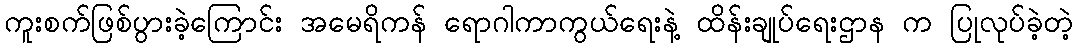
ကူးစက်ဖြစ်ပွားခဲ့ကြောင်း အမေရိကန် ရောဂါကာကွယ်ရေးနဲ့ ထိန်းချုပ်ရေးဌာန က ပြုလုပ်ခဲ့တဲ့